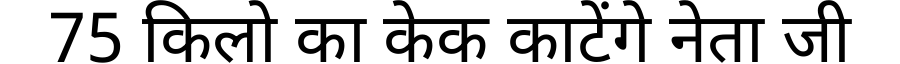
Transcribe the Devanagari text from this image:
75 किलो का केक काटेंगे नेता जी